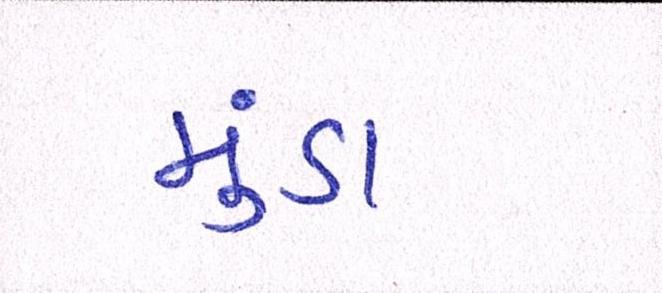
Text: મુંડા